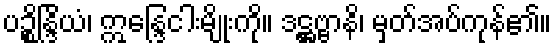
ပဉ္စိန္ဒြိယံ၊ ဣန္ဒြေငါးမျိုးကို။ ဒဋ္ဌဗ္ဗာနိ၊ မှတ်အပ်ကုန်၏။